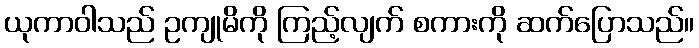
ယုကာဝါသည် ဥကျုမိကို ကြည့်လျက် စကားကို ဆက်ပြောသည်။